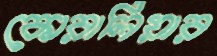
কোরালিয়ার